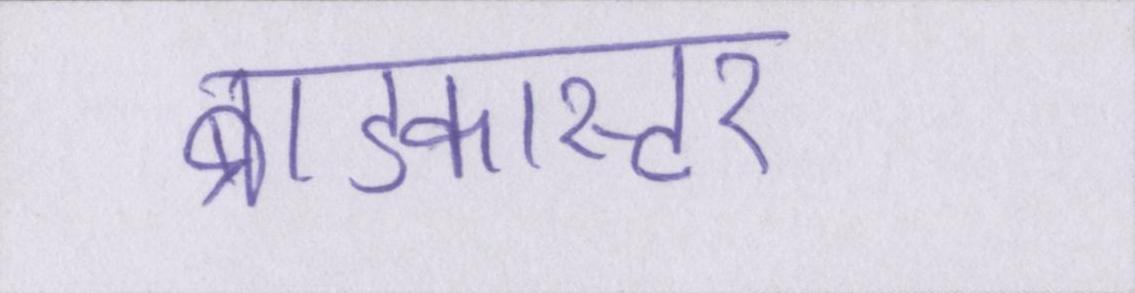
ब्राडकास्टर